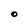
Character: O